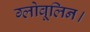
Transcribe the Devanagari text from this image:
ग्लोवूलिन।